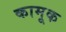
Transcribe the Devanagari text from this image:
कामूक